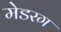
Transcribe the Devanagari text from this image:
मेडरग